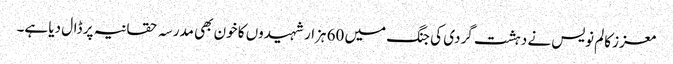
معزز کالم نویس نے دہشت گردی کی جنگ میں 60 ہزار شہیدوں کا خون بھی مدرسہ حقانیہ پر ڈال دیا ہے۔